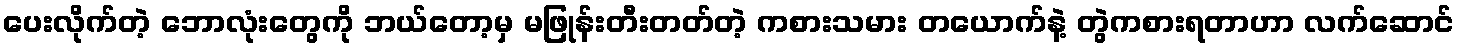
ပေးလိုက်တဲ့ ဘောလုံးတွေကို ဘယ်တော့မှ မဖြုန်းတီးတတ်တဲ့ ကစားသမား တယောက်နဲ့ တွဲကစားရတာဟာ လက်ဆောင်